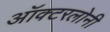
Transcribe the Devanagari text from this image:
ऑक्टरलोनी